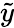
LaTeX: \tilde{y}